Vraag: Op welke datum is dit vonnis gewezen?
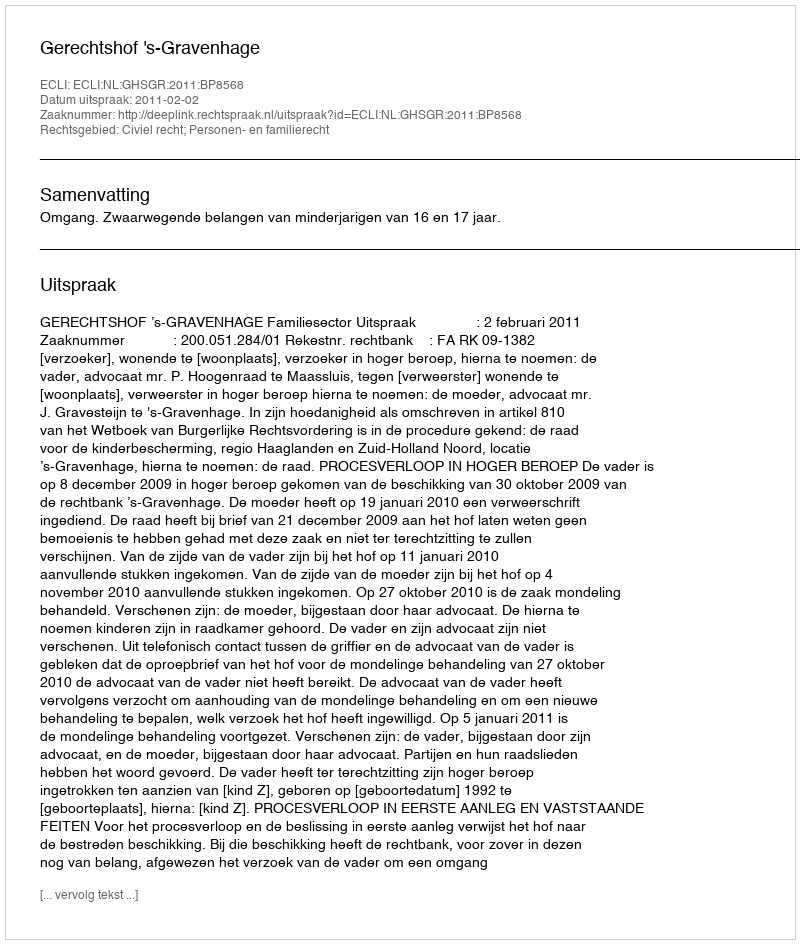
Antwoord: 2011-02-02